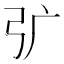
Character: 𭚦